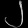
Digit: ၂